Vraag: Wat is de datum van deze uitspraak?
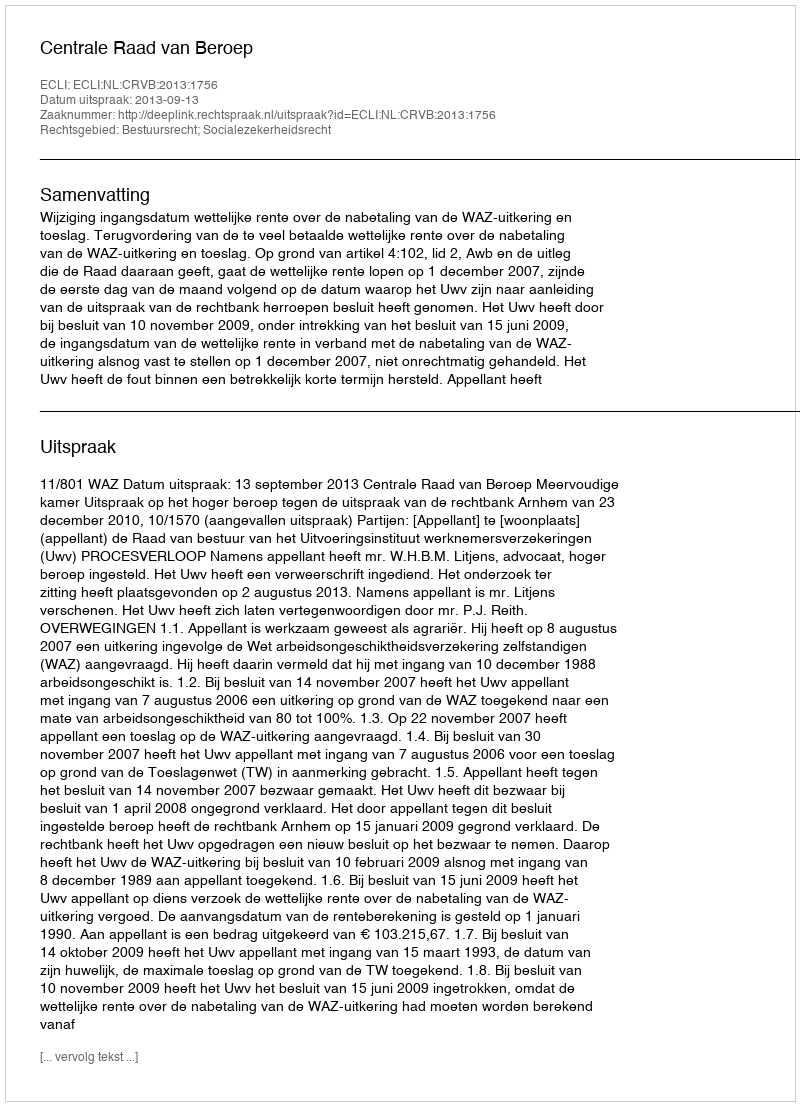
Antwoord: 2013-09-13